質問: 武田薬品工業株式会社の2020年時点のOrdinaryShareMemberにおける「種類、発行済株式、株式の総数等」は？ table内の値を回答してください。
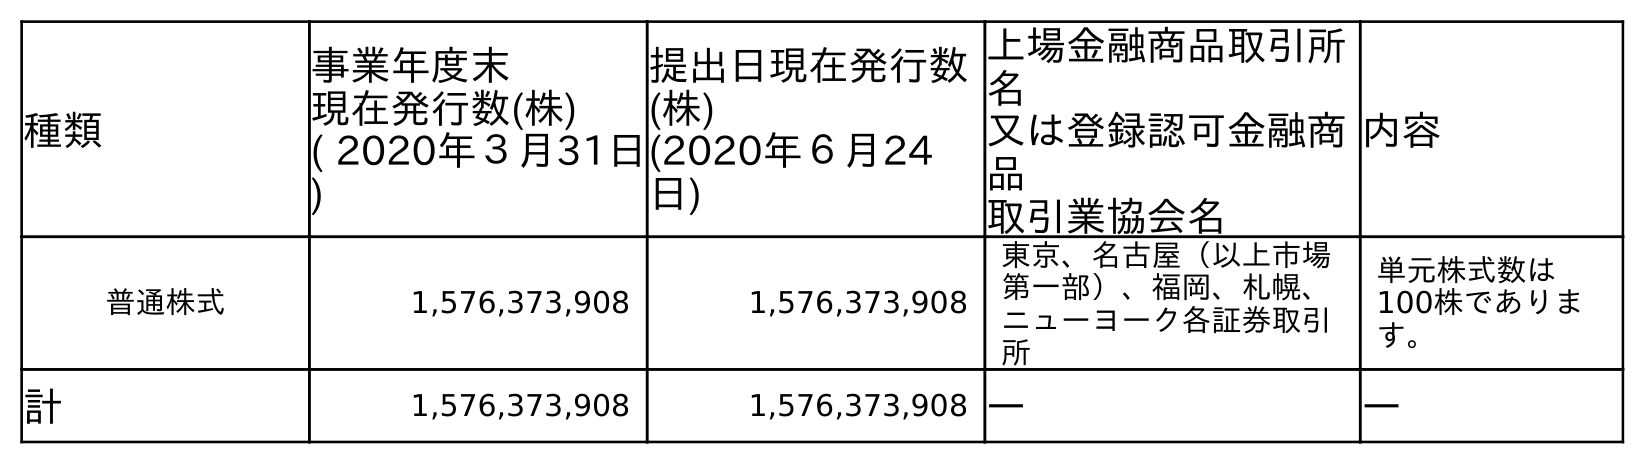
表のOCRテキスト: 種類 事業年度末 現在発行数(株) ( 2020年３月31日 ) 提出日現在発行数 (株) (2020年６月24 日) 上場金融商品取引所 名 又は登録認可金融商 品 取引業協会名 内容 普通株式 1,576,373,908 1,576,373,908 東京、名古屋（以上市場 第一部）、福岡、札幌、 ニューヨーク各証券取引 所 単元株式数は 100株でありま す。 計 1,576,373,908 1,576,373,908 ― ―
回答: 普通株式